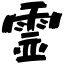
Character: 霊